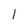
Character: 1